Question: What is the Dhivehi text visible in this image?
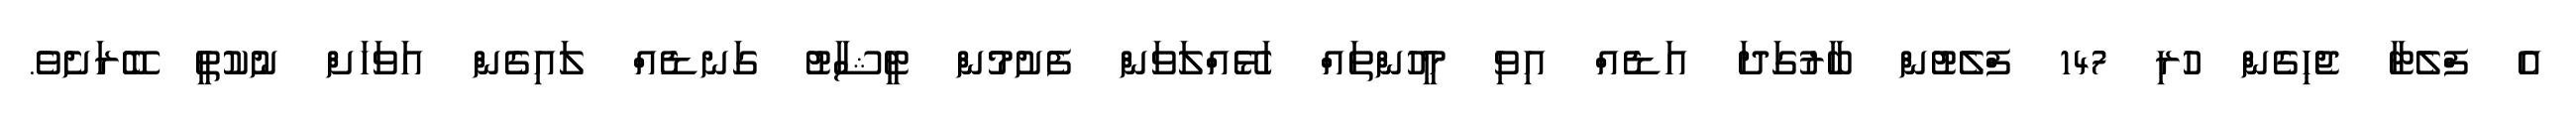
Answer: އެ ފްލެޓާ ޖެހިގެން ހުރި 147 ފްލެޓުން ބާރުގަދަ އަޑެއް އިވި މީހުންތައް ހަޅޭއްލަވަން ފެށުމުން ޓީޝާޓު ގަނޑެއް ލައިގެން އަވަހަށް ނުކުތީ ބޭރަށެވެ.